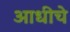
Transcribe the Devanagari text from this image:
अाधीचे